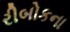
રીબોકના